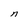
Character: n